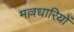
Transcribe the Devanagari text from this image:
मल्लधारियों